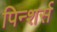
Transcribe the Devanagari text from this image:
पिन्शर्स